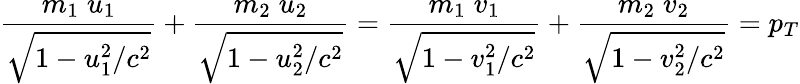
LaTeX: {\frac{m_{1}\; u_{1}}{\sqrt{1-u_{1}^{2}/c^{2}}}}+{\frac{m_{2}\; u_{2}}{\sqrt{1-u_{2}^{2}/c^{2}}}}={\frac{m_{1}\; v_{1}}{\sqrt{1-v_{1}^{2}/c^{2}}}}+{\frac{m_{2}\; v_{2}}{\sqrt{1-v_{2}^{2}/c^{2}}}}=p_{T}